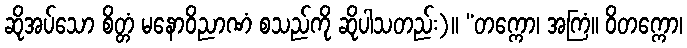
ဆိုအပ်သော စိတ္တံ မနောဝိညာဏံ စသည်ကို ဆိုပါသတည်း)။ “တက္ကော၊ အကြံ။ ဝိတက္ကော၊